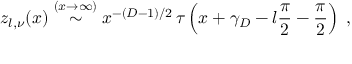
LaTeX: z _ { l , \nu } ( x ) \stackrel { ( x \rightarrow \infty ) } { \sim } x ^ { - ( D - 1 ) / 2 } \, \tau \left( x + \gamma _ { D } - l \frac { \pi } { 2 } - \frac { \pi } { 2 } \right) \; ,